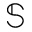
\mathbb { S }